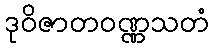
ဒုဝိဇာတဝဏ္ဏသတံ